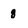
Character: 8